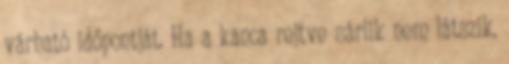
várható időpontját. Ha a kanca rejtve sárlik nem látszik,